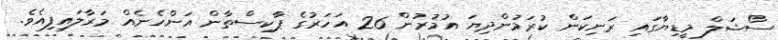
ސޯޝަލް މީޑިޔާގައި ރަނިކަން ކުރަމުންދިޔަ އުމުރުން 26 އަހަރުގެ ޕާކިސްތާން އަންހެނެއް މަރާލައިފިއެވެ.